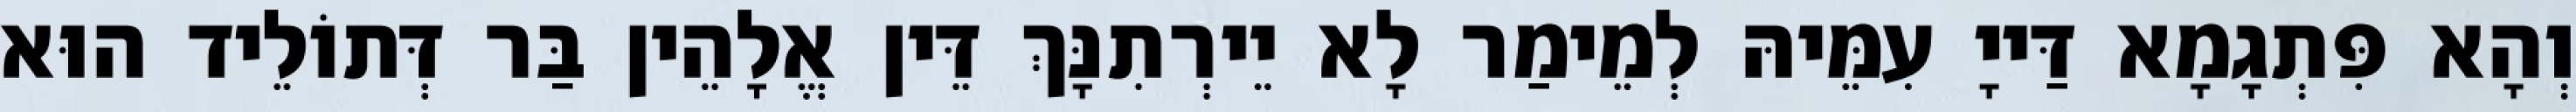
וְהָא פִּתְגָמָא דַּייָ עִמֵּיהּ לְמֵימַר לָא יֵירְתִנָּךְ דֵּין אֱלָהֵין בַּר דְּתוֹלֵיד הוּא